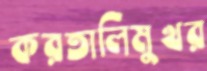
করতালিমুখর